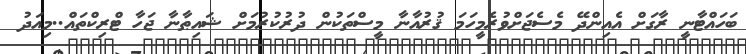
ބަހައްޓާނީ ރާގަށް އެއިންދޭ މެސެޖަށްވުރެމީހަމަ ޤުރުއާނާ މީސްތަކުން ދުރުކުރުމަށް ޝައިޠާނާ ޖަހާ ޓްރިކްތައް..މިއަދު